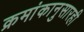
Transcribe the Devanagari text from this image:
क्रमांकानुसारही